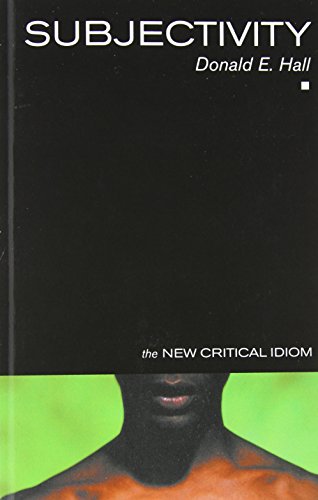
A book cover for Subjectivity (The New Critical Idiom); Donald E. Hall; Gay & Lesbian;